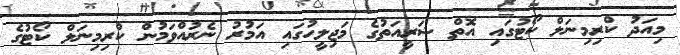
މިއަދު ކްރިމިނަލް ކޯޓުގައި އޮތް ޝަރީއަތުގެ މަޖިލީހުގައި އަމުރު ނެރުއްވަމުން ކްރިމިނަލް ކޯޓުގެ